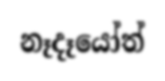
නෑදෑයෝත්